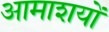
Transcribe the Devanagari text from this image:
आमाशयों